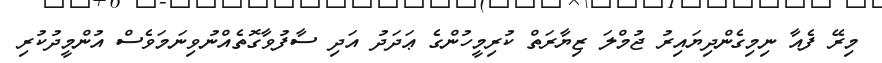
މިރޭ ފެއާ ނިމިގެންދިޔައިރު ޖުމްލަ ޒިޔާރަތް ކުރިމީހުންގެ ޢަދަދު އަދި ސާފުވާގޮތެއްނުވިނަމަވެސް އުންމީދުކުރި